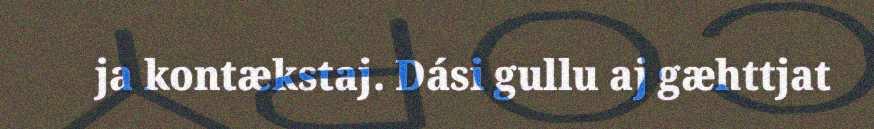
ja kontækstaj. Dási gullu aj gæhttjat